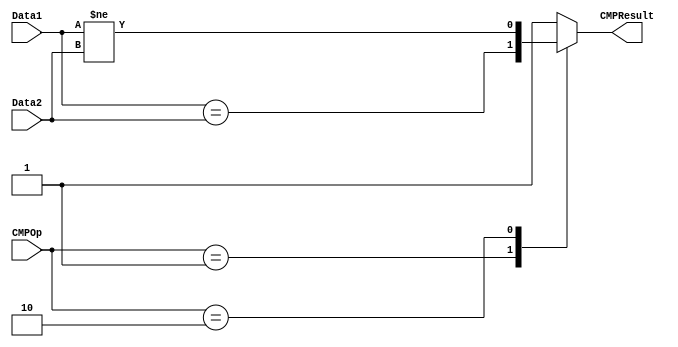
`timescale 1ns / 1ps


module cmp(
	input [31:0] Data1,
	input [31:0] Data2,
	input [2:0] CMPOp,
	output CMPResult
    );

	reg result;
	assign CMPResult = result;
	
	always @ (*) begin
		case (CMPOp) 
			3'b000 : result = 1'b1;
			3'b001 : result = (Data1 == Data2);
			3'b010 : result = (Data1 != Data2);
			default : result = 1'b1;
		endcase
	end

endmodule